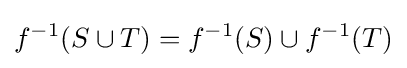
f^{-1}(S\cup T)=f^{-1}(S)\cup f^{-1}(T)